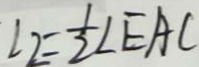
\angle 2 = \frac { 1 } { 2 } \angle E A C